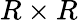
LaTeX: R\times R